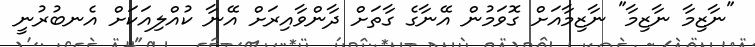
"ނާޒިމާ ނާޒިމާ" ނާޒިމާއަށް ގޮވަމުން އޭނާގެ ގާތަށް ދާންވާއިރަށް އޭނާ ކުއްލިއަކަށް އެނބުރުނީ